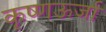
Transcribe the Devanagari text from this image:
कृष्णऊर्जा